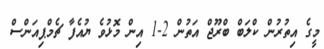
މީގެ އިތުރުން ކްލަބް ބްރޫޖް އަތުން 2-1 އިން މޮޅުވެ ޔުއެފާ ޗެމްޕިއަންސް